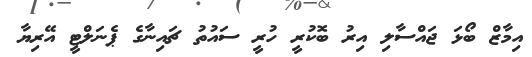
އިމާޒް ބޯޅަ ޖައްސާލި އިރު ބޮކުރީ ހުރީ ސައުތު ޗައިނާގެ ޕެނަލްޓީ އޭރިޔާ